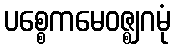
ပစ္စေကမေဝဇ္ဈဂမုံ